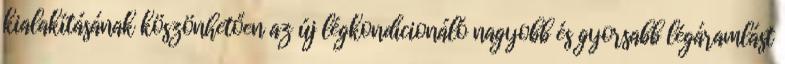
kialakításának köszönhetően az új légkondicionáló nagyobb és gyorsabb légáramlást